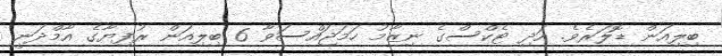
ބިލިއަން ޑޮލަރެވެ. އަދި ޓެކްސްގެ ނިޒާމު ހަމަޖައްސަވާ 6 ބިލިއަން ރުފިޔާގެ އާމްދަނީ